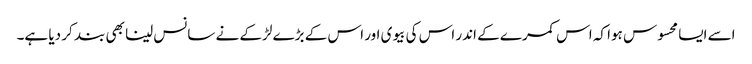
اسے ایسا محسوس ہوا کہ اس کمرے کے اندر اس کی بیوی اور اس کے بڑے لڑکے نے سانس لینا بھی بند کر دیا ہے۔